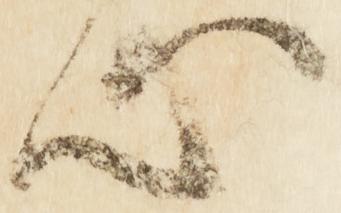
心